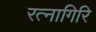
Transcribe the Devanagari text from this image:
रत्‍नागिरि